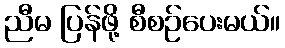
ညီမ ပြန်ဖို့ စီစဉ်ပေးမယ်။